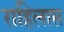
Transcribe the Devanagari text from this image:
राहिलास